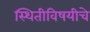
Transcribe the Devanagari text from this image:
स्थितीविषयीचे